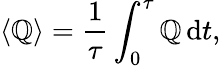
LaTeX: \left<\mathbb{Q}\right>={\frac{{1}}{{\tau}}}\int_{0}^{\tau}\mathbb{Q}\, \mathrm{{d}}t,